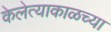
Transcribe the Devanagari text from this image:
केलेत्याकाळच्या